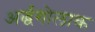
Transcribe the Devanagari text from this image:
अर्द्धगोलाक